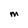
Character: m